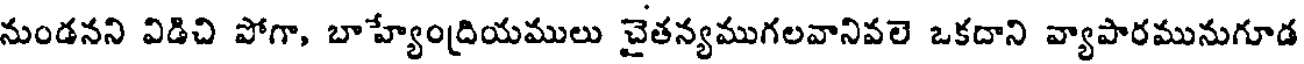
నుండనని విడిచి పోగా, బాహ్యేంద్రియములు చైతన్యముగలవానివలె ఒకదాని వ్యాపారమునుగూడ